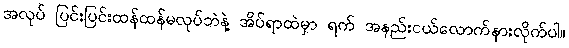
အလုပ် ပြင်းပြင်းထန်ထန်မလုပ်ဘဲနဲ့ အိပ်ရာထဲမှာ ရက် အနည်းငယ်လောက်နားလိုက်ပါ။